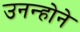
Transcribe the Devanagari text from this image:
उनन्होने